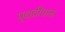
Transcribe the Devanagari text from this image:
पृथवीपाल